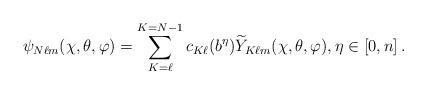
LaTeX: \begin{align*}\psi_{ N\ell m}(\chi,\theta,\varphi)=\sum_{K={ \ell}}^{{ K=N-1 }}c_{K\ell}(b^{\eta}) {\widetilde Y}_{ K \ell m}(\chi,\theta,\varphi), \eta \in \left[0, n\right].\end{align*}